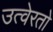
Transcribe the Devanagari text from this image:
उत्वेरतो